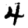
Digit: 4